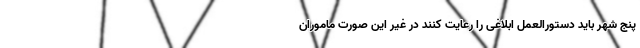
پنج شهر باید دستورالعمل ابلاغی را رعایت کنند در غیر این صورت ماموران